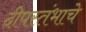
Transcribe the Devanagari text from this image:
दीपस्तंभाचे